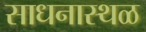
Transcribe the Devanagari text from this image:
साधनास्थळ